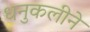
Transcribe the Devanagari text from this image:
धनुकलीने